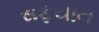
સફયાન